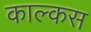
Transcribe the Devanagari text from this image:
काल्कस